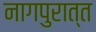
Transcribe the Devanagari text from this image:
नागपुरात्त